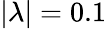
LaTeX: |\lambda|=0.1